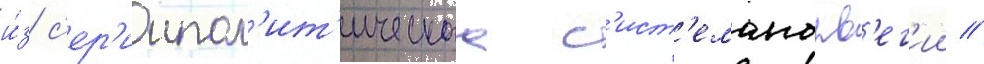
и́з с'ер'иипол'ит'ическаа с'ист'еманорв'ег'ии //